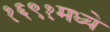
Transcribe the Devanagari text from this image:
१६९१मध्ये